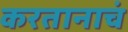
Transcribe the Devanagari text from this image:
करतानाचं